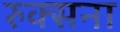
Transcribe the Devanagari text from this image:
रुक्सना